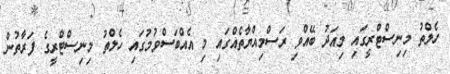
ހެލްތު މިނިސްޓްރީގައި މިއަދު ބޭއްވި ރަސްމިއްޔާތެއްގައި މި އެއްބަސްވުމުގައި ހެލްތު މިނިސްޓްރީގެ ފަރާތުން